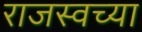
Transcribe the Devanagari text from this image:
राजस्वच्या